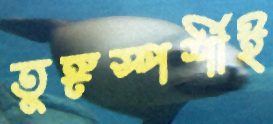
তুঙ্গস্পর্শীই